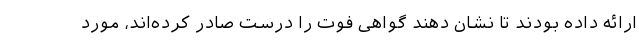
ارائه داده بودند تا نشان دهند گواهی فوت را درست صادر کرده‌اند، مورد